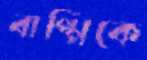
বাপ্পিকে